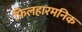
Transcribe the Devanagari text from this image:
फिलहारमनिक